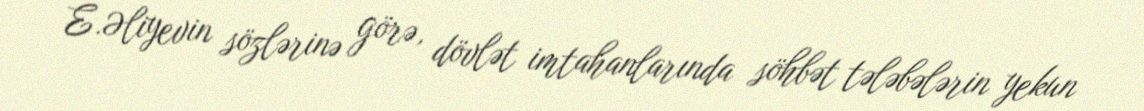
E.Əliyevin sözlərinə görə, dövlət imtahanlarında söhbət tələbələrin yekun